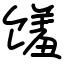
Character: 馐